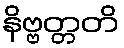
နိဗ္ဗတ္တတိ